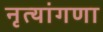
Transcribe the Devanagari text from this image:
नृत्यांगणा